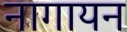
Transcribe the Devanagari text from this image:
नागायन